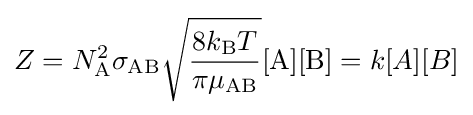
Z=N_{\text{A}}^{2}\sigma _{\text{AB}}{\sqrt {\frac {8k_{\text{B}}T}{\pi \mu _{\text{AB}}}}}[{\text{A}}][{\text{B}}]=k[A][B]